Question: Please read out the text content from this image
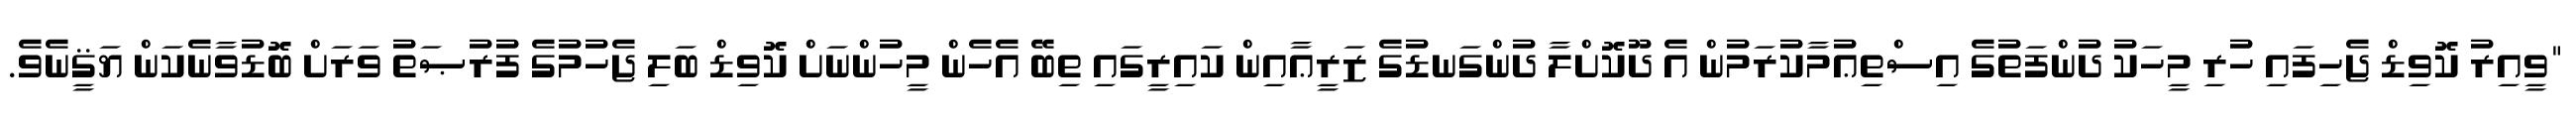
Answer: "ވީއިރު ކޮވިޑް ޖެހިފައި ހުރި މީހަކު ދުންފަތުގެ އިސްތިޢުމާކުރަމުން އެ ދޫކޮށްލާ ދުންގަނޑުގެ ޒަރީޢާއިން ކައިރީގައި ތިބޭ އެހެން މީހުންނަށް ކޮވިޑް ބަލި ޖެހުމުގެ ފުރުޞަތު ވަރަށް ބޮޑުވާނެކަން ޔަޤީނެވެ.